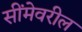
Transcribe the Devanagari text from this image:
सींमेवरील